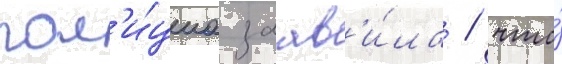
пол'и́циа заав'и́ла / что́